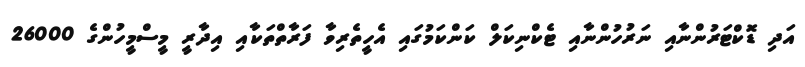
އަދި ޑޮކްޓަރުންނާއި ނަރުހުންނާއި ޓެކްނިކަލް ކަންކަމުގައި އެހީތެރިވާ ފަރާތްތަކާއި އިދާރީ މީސްމީހުންގެ 26000